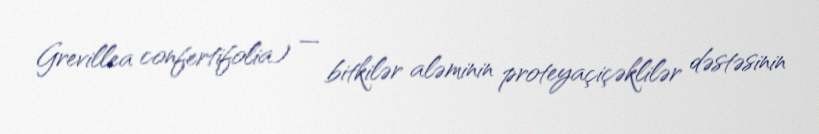
Grevillea confertifolia) — bitkilər aləminin proteyaçiçəklilər dəstəsinin